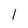
Character: 1